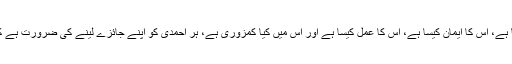
پس بجائے اس کے کہ ہر ایک دوسرے پر نظر رکھے کہ وہ کیا کر رہا ہے، اُس کا ایمان کیسا ہے، اُس کا عمل کیسا ہے اور اُس میں کیا کمزوری ہے، ہر احمدی کو اپنے جائزے لینے کی ضرورت ہے کہ وہ کیا کر رہا ہے اور کس حد تک اپنے عہدِ بیعت کوپورا کر رہا ہے۔